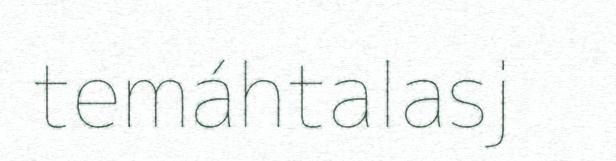
temáhtalasj